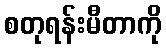
စတုရန်းမီတာကို